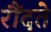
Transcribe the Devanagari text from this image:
रौंदते